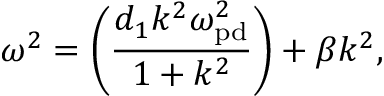
\omega ^ { 2 } = \left( \frac { d _ { 1 } k ^ { 2 } \omega _ { \mathrm { p d } } ^ { 2 } } { 1 + { k ^ { 2 } } } \right) + \beta k ^ { 2 } ,